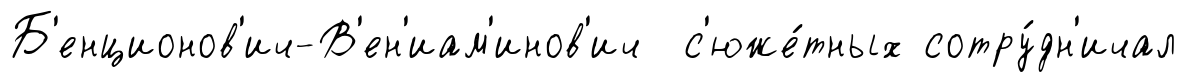
Б'енционов'ич-В'ен'иам'инов'ич с'юже́тных сотру́дн'ичал